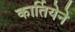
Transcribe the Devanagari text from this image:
कार्तियेने